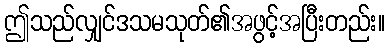
ဤသည်လျှင်ဒသမသုတ်၏အဖွင့်အပြီးတည်း။